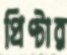
প্রিণ্টার